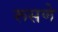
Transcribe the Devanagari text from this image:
रूसणे